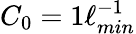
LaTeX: C_{0}=1\ell_{min}^{-1}